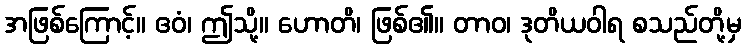
အဖြစ်ကြောင့်။ ဧဝံ၊ ဤသို့။ ဟောတိ၊ ဖြစ်၏။ တာဝ၊ ဒုတိယဝါရ စသည်တို့မှ